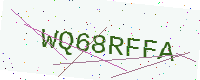
Text: WQ68RFFA